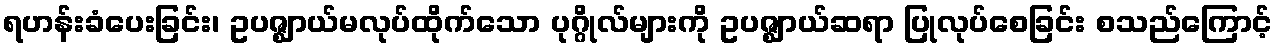
ရဟန်းခံပေးခြင်း၊ ဥပဇ္ဈာယ်မလုပ်ထိုက်သော ပုဂ္ဂိုလ်များကို ဥပဇ္ဈာယ်ဆရာ ပြုလုပ်စေခြင်း စသည်ကြောင့်